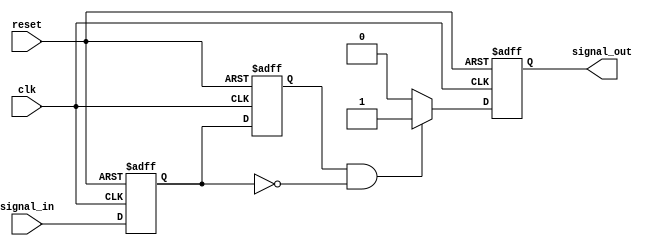
module negative_edge_detector (
    input wire clk,               // Clock signal
    input wire reset,             // Asynchronous reset
    input wire signal_in,         // Input signal to be monitored
    output reg signal_out         // Output signal for negative edge detection
);

    // Registers to hold the current and previous states of signal_in
    reg prev_state;
    reg current_state;

    always @(posedge clk or posedge reset) begin
        if (reset) begin
            // Initialize states to low on reset
            prev_state <= 1'b0;
            current_state <= 1'b0;
            signal_out <= 1'b0;
        end else begin
            // Store the current state of signal_in
            prev_state <= current_state;
            current_state <= signal_in;

            // Detect negative edge: transition from high to low
            if (prev_state == 1'b1 && current_state == 1'b0) begin
                signal_out <= 1'b1; // Set output high on negative edge
            end else begin
                signal_out <= 1'b0; // Reset output if no edge detected
            end
        end
    end

endmodule